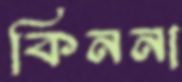
কিননা